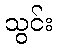
သွင်း